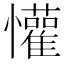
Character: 懽